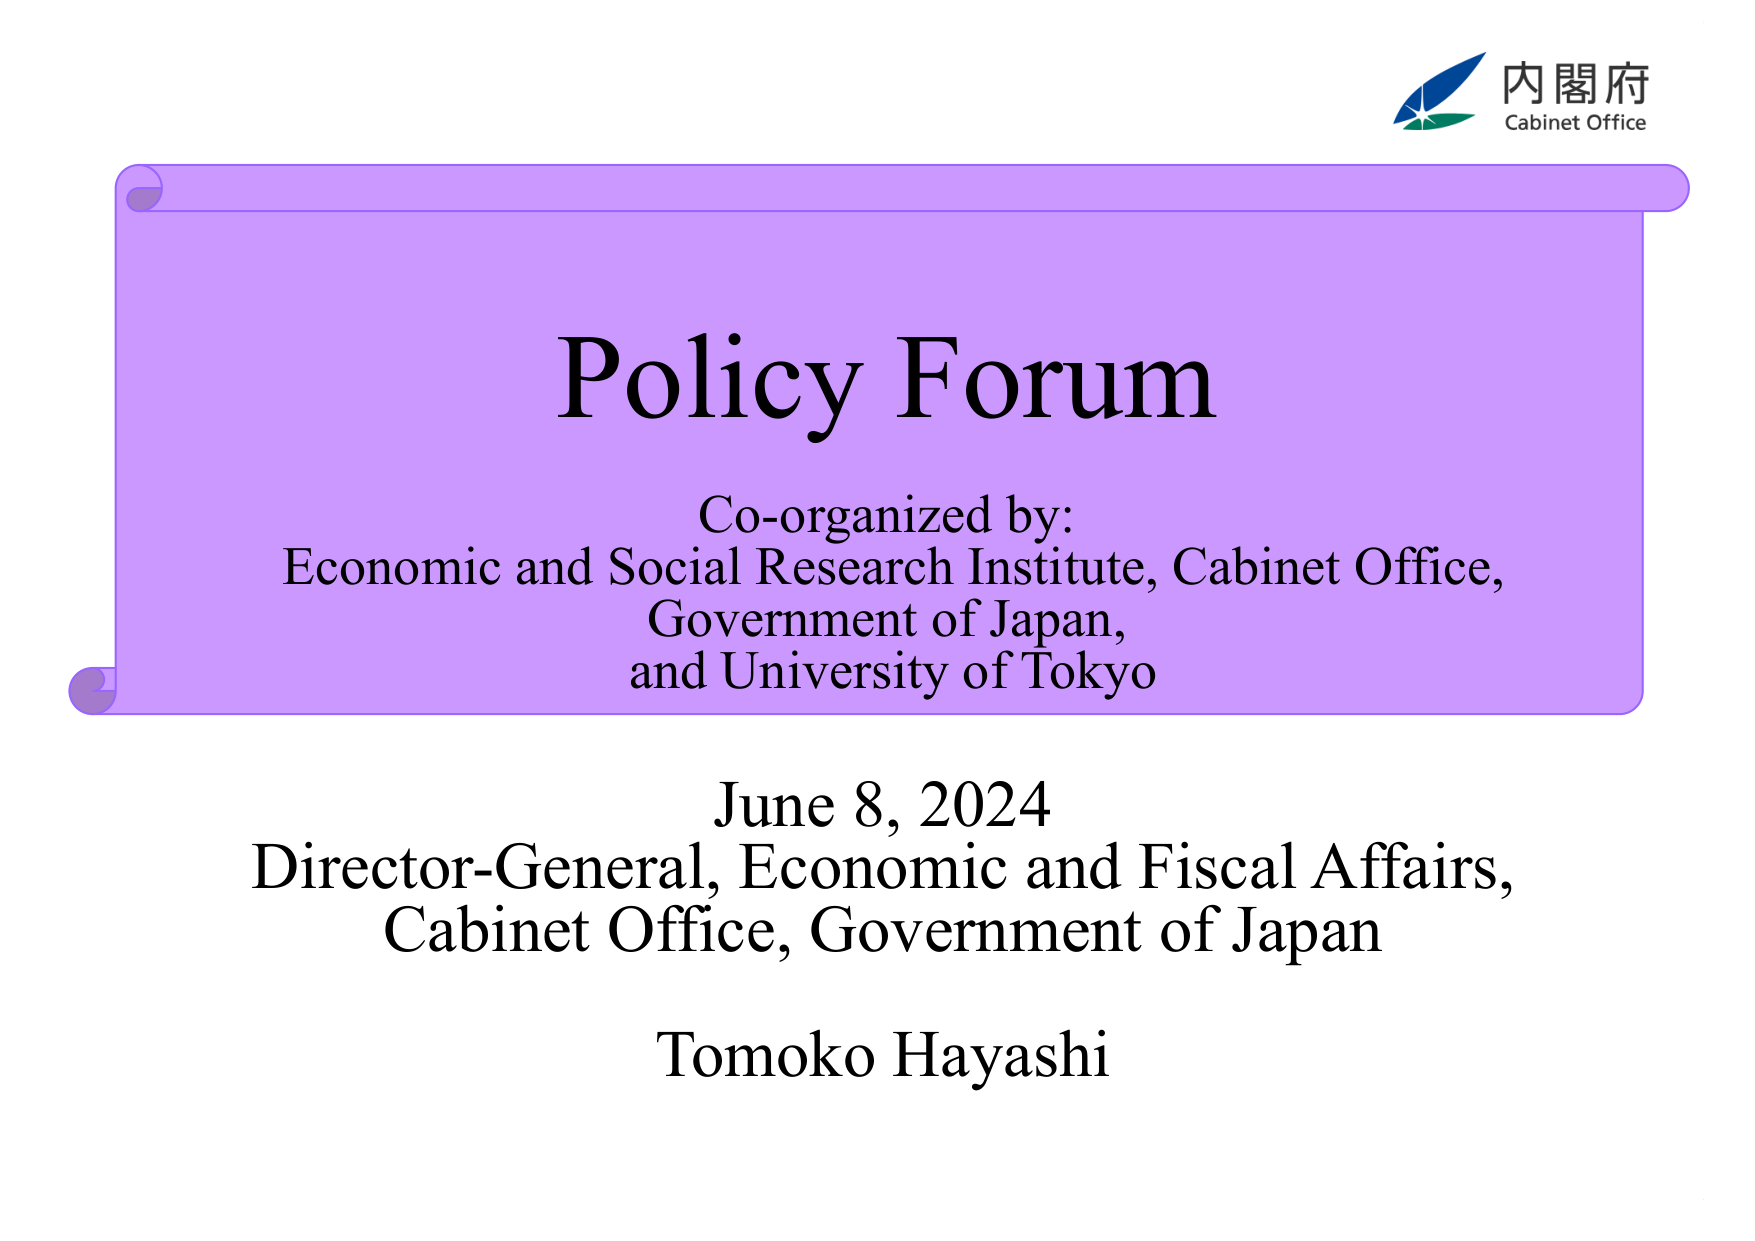
内閣府
Cabinet Office

Policy Forum
Co-organized by:
Economic and Social Research Institute, Cabinet Office,
Government of Japan,
and University of Tokyo

June 8, 2024
Director-General, Economic and Fiscal Affairs,
Cabinet Office, Government of Japan
Tomoko Hayashi